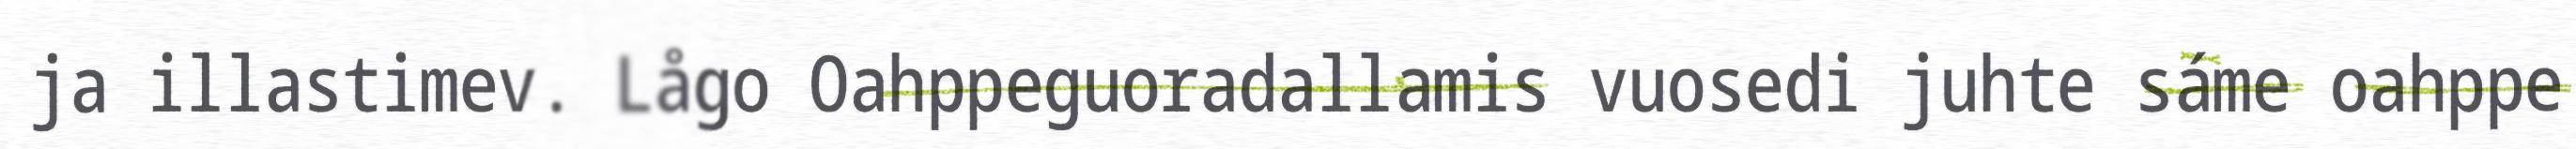
ja illastimev. Lågo Oahppeguoradallamis vuosedi juhte sáme oahppe